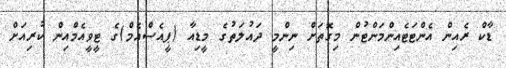
ޑާކް ރެއިން އެންްޓަޓެއިންމަންޓުން މިގޮތަށް ނިންމީ ދައުލަތުގެ މީޑިއާ (ޕީއެސްއެމް)ގެ ޓީވީއެމްއިން ކުރިއަށް